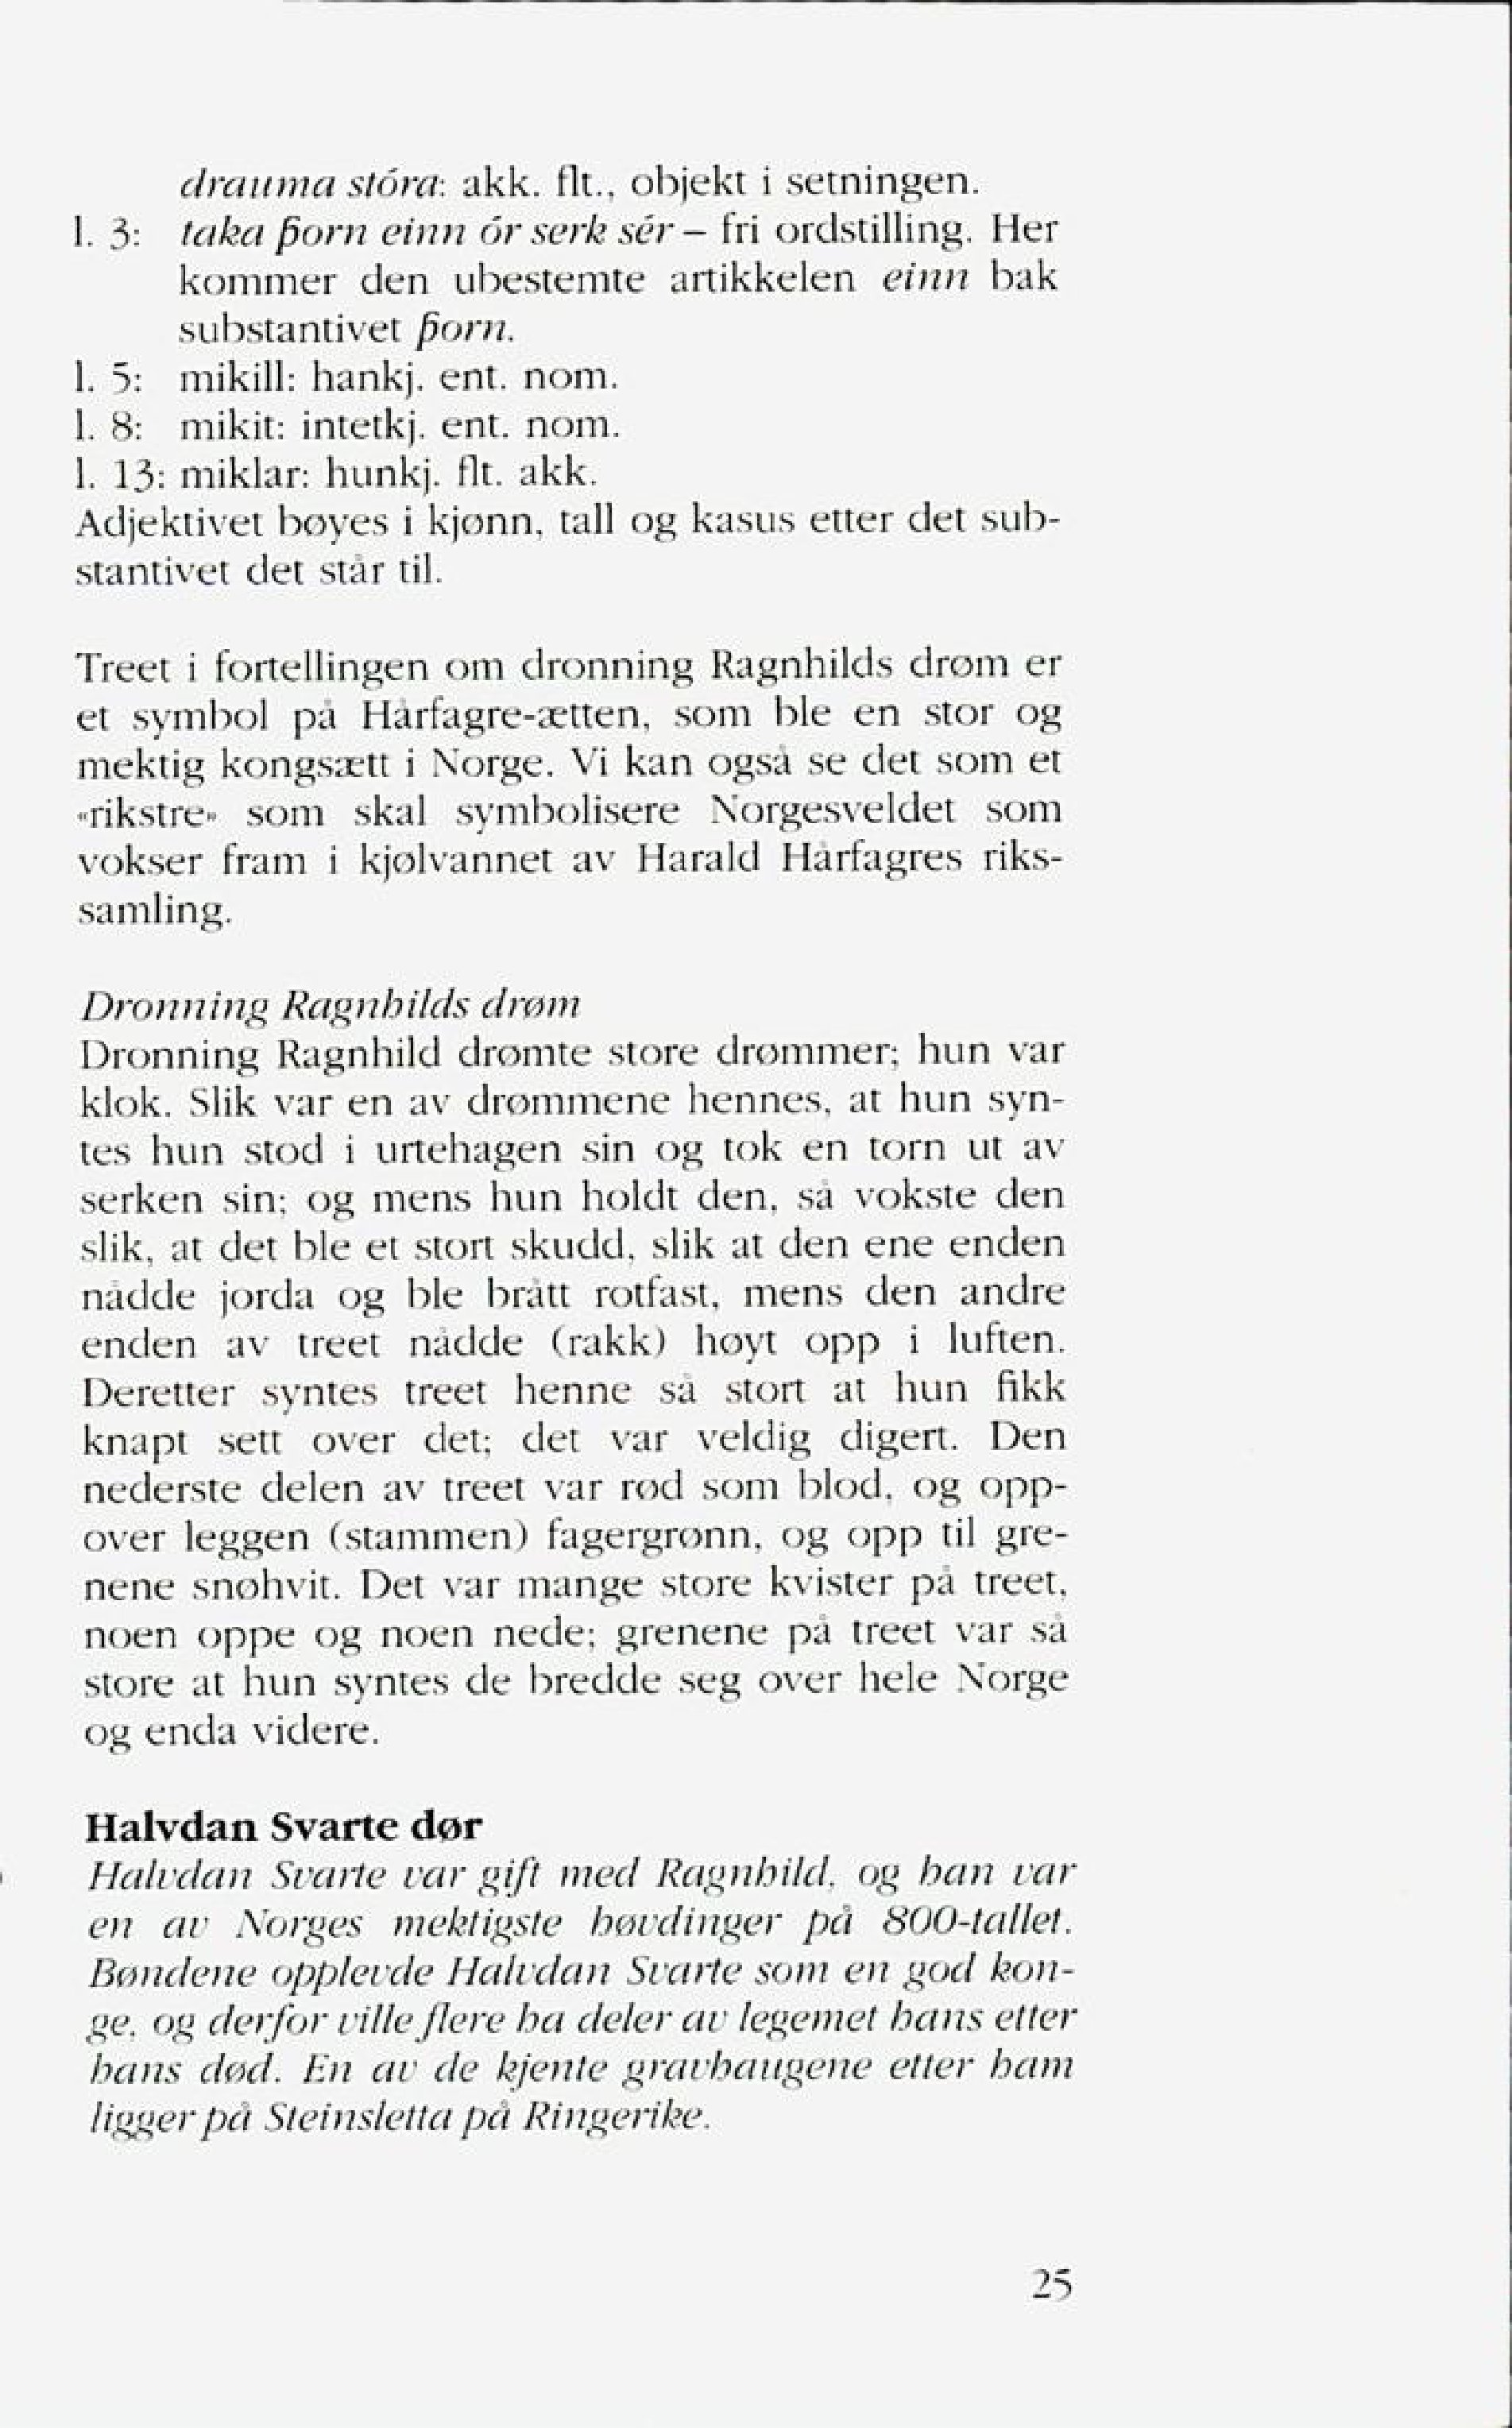
Language: no